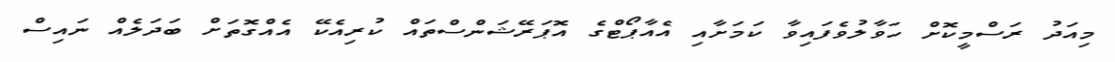
މިއަދު ރަސްމީކޮށް ހަވާލުވެފައިވާ ކަމަށާއި އެއާޕޯޓްގެ އޮޕަރޭޝަންސްތައް ކުރިއެކޭ އެއްގޮތަށް ބަދަލެއް ނައިސް